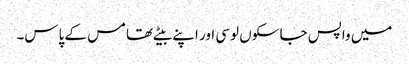
میں واپس جا سکوں لوسی اور اپنے بیٹے تھامس کے پاس۔